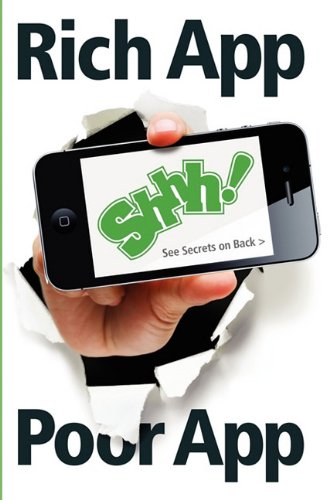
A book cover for Rich App Poor App; Simon K. Williams; Crafts, Hobbies & Home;